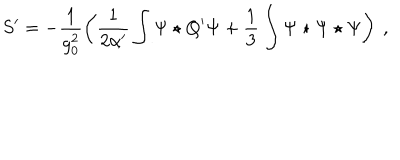
S ^ { \prime } = - \frac { 1 } { g _ { 0 } ^ { 2 } } \left( \frac { 1 } { 2 \alpha ^ { \prime } } \int \Psi \star Q ^ { \prime } \Psi + \frac { 1 } { 3 } \int \Psi \star \Psi \star \Psi \right) \ ,